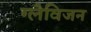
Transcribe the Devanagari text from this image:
ग्लैविजन